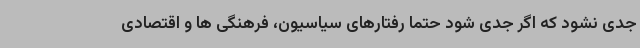
جدی نشود که اگر جدی شود حتما رفتارهای سیاسیون، فرهنگی ها و اقتصادی